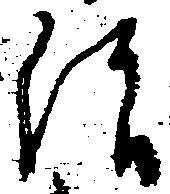
治